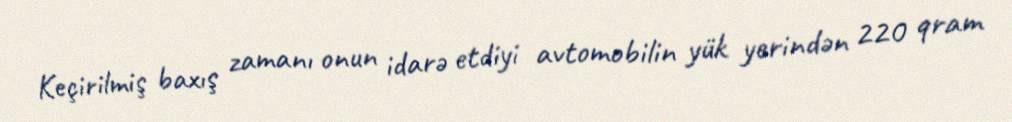
Keçirilmiş baxış zamanı onun idarə etdiyi avtomobilin yük yerindən 220 qram